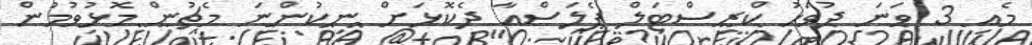
މެއި 3 ވަނަ ދުވަހު ކްރިސްޓަލް ޕެލަސްއާ ދެކޮޅަށް ނިކުންނަ މެޗުން މޮޅުވުމުން